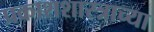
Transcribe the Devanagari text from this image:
प्रकाशशास्त्राच्या